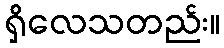
ရှိလေသတည်း။